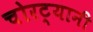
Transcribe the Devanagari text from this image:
चोरट्यानी